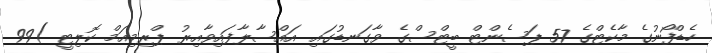
ހެޑްފޯނުގެ މާކެޓްގެ 57 ޕަސެންޓް ބީޓްސްގެ ވާގަނޑުގައި އައްސާލާފައިވާއިރު ޕްރިމިއަމް ކޮލިޓީ )99